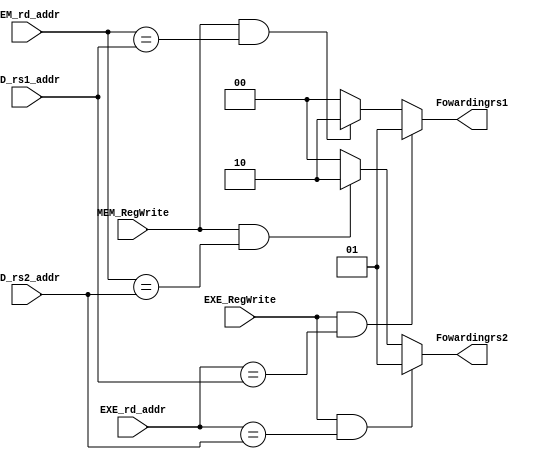
module Forwarding_Unit (EXE_RegWrite,MEM_RegWrite,EXE_rd_addr,MEM_rd_addr,ID_rs1_addr,ID_rs2_addr,Fowardingrs1,Fowardingrs2);
input EXE_RegWrite,MEM_RegWrite;
input [4:0] EXE_rd_addr,MEM_rd_addr,ID_rs1_addr,ID_rs2_addr;
output reg [1:0] Fowardingrs1,Fowardingrs2;
always @(*) begin
	if ((EXE_RegWrite)&&(EXE_rd_addr==ID_rs1_addr)) begin //data_harzrd occured
		Fowardingrs1=2'd1;
	end
	else if ((MEM_RegWrite)&&(MEM_rd_addr==ID_rs1_addr)) begin //load-use occured
		Fowardingrs1=2'd2;
	end
	else begin
		Fowardingrs1=2'd0;
	end
end
always @ (*) begin
	if ((EXE_RegWrite)&&(EXE_rd_addr==ID_rs2_addr)) begin //data_harzrd occured
		Fowardingrs2=2'd1;
	end
	else if ((MEM_RegWrite)&&(MEM_rd_addr==ID_rs2_addr)) begin //load-use occured
		Fowardingrs2=2'd2;
	end
	else begin
		Fowardingrs2=2'd0;
	end
end

endmodule